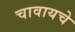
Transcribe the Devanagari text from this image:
चावायचे